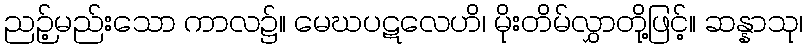
ညဉ့်မည်းသော ကာလ၌။ မေဃပဋလေဟိ၊ မိုးတိမ်လွှာတို့ဖြင့်။ ဆန္နာသု၊